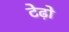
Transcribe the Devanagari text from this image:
टेढ़ो